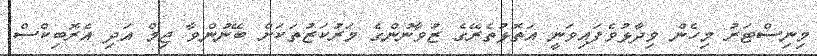
މިނިސްޓަރު މިހެން ވިދާޅުވެފައިވަނީ އަތޮޅުތެރޭގެ ޒުވާނުންގެ މަރުކަޒުތަކަށް ބޭނުންވާ ޖިމް އަދި އެރޮބިކްސް